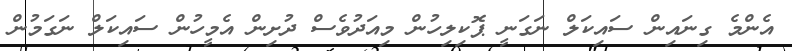
އެންމެ ގިނައިން ސައިކަލް ނަގަނީ ޕޮކިލިހުން މިއަދުވެސް ދުށިން އެމީހުން ސައިކަލް ނަގަމުން